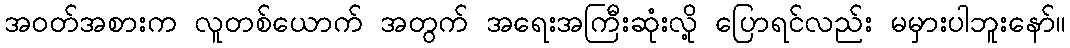
အဝတ်အစားက လူတစ်ယောက် အတွက် အရေးအကြီးဆုံးလို့ ပြောရင်လည်း မမှားပါဘူးနော်။